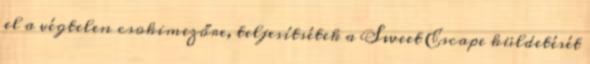
el a végtelen csokimezőre, teljesítsétek a Sweet Escape küldetését